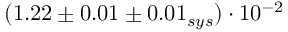
( 1 . 2 2 \pm 0 . 0 1 \pm 0 . 0 1 _ { s y s } ) \cdot 1 0 ^ { - 2 }